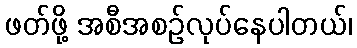
ဖတ်ဖို့ အစီအစဉ်လုပ်နေပါတယ်၊